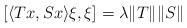
LaTeX: \begin{align*}[\langle Tx , Sx \rangle \xi, \xi] = \lambda\| T\| \| S\|\end{align*}